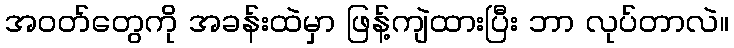
အဝတ်တွေကို အခန်းထဲမှာ ဖြန့်ကျဲထားပြီး ဘာ လုပ်တာလဲ။